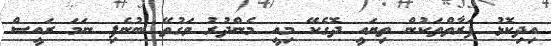
އިދިކޮޅު ފަރާތްތަކުން ތިޔައީ ދޮގެކޭ މިއީ މެންދުރު ވަގުތޭ ބުނެފި ނަމަ ރައީސް